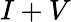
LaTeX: I+V